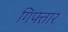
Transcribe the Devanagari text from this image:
गिफ्तार